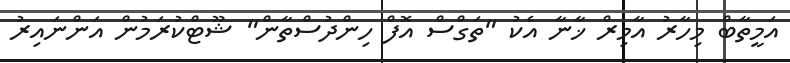
އަމީތާބް މިހާރު އާމިރް ޚާނާ އެކު "ތަގްސް އޮފް ހިންދުސްތާން" ޝޫޓްކުރަމުން އަންނައިރު